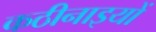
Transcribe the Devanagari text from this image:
कठीनाइयों